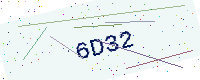
Text: 6D32